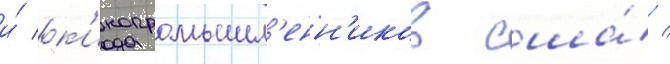
и́ к'инопромышл'енн'иков сша́ /